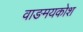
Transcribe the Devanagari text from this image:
वाङमयकोश